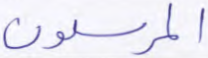
المرسلون